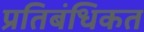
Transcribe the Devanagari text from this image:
प्रतिबंधिकत